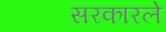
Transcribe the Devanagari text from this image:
सरकारले